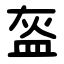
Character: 盔